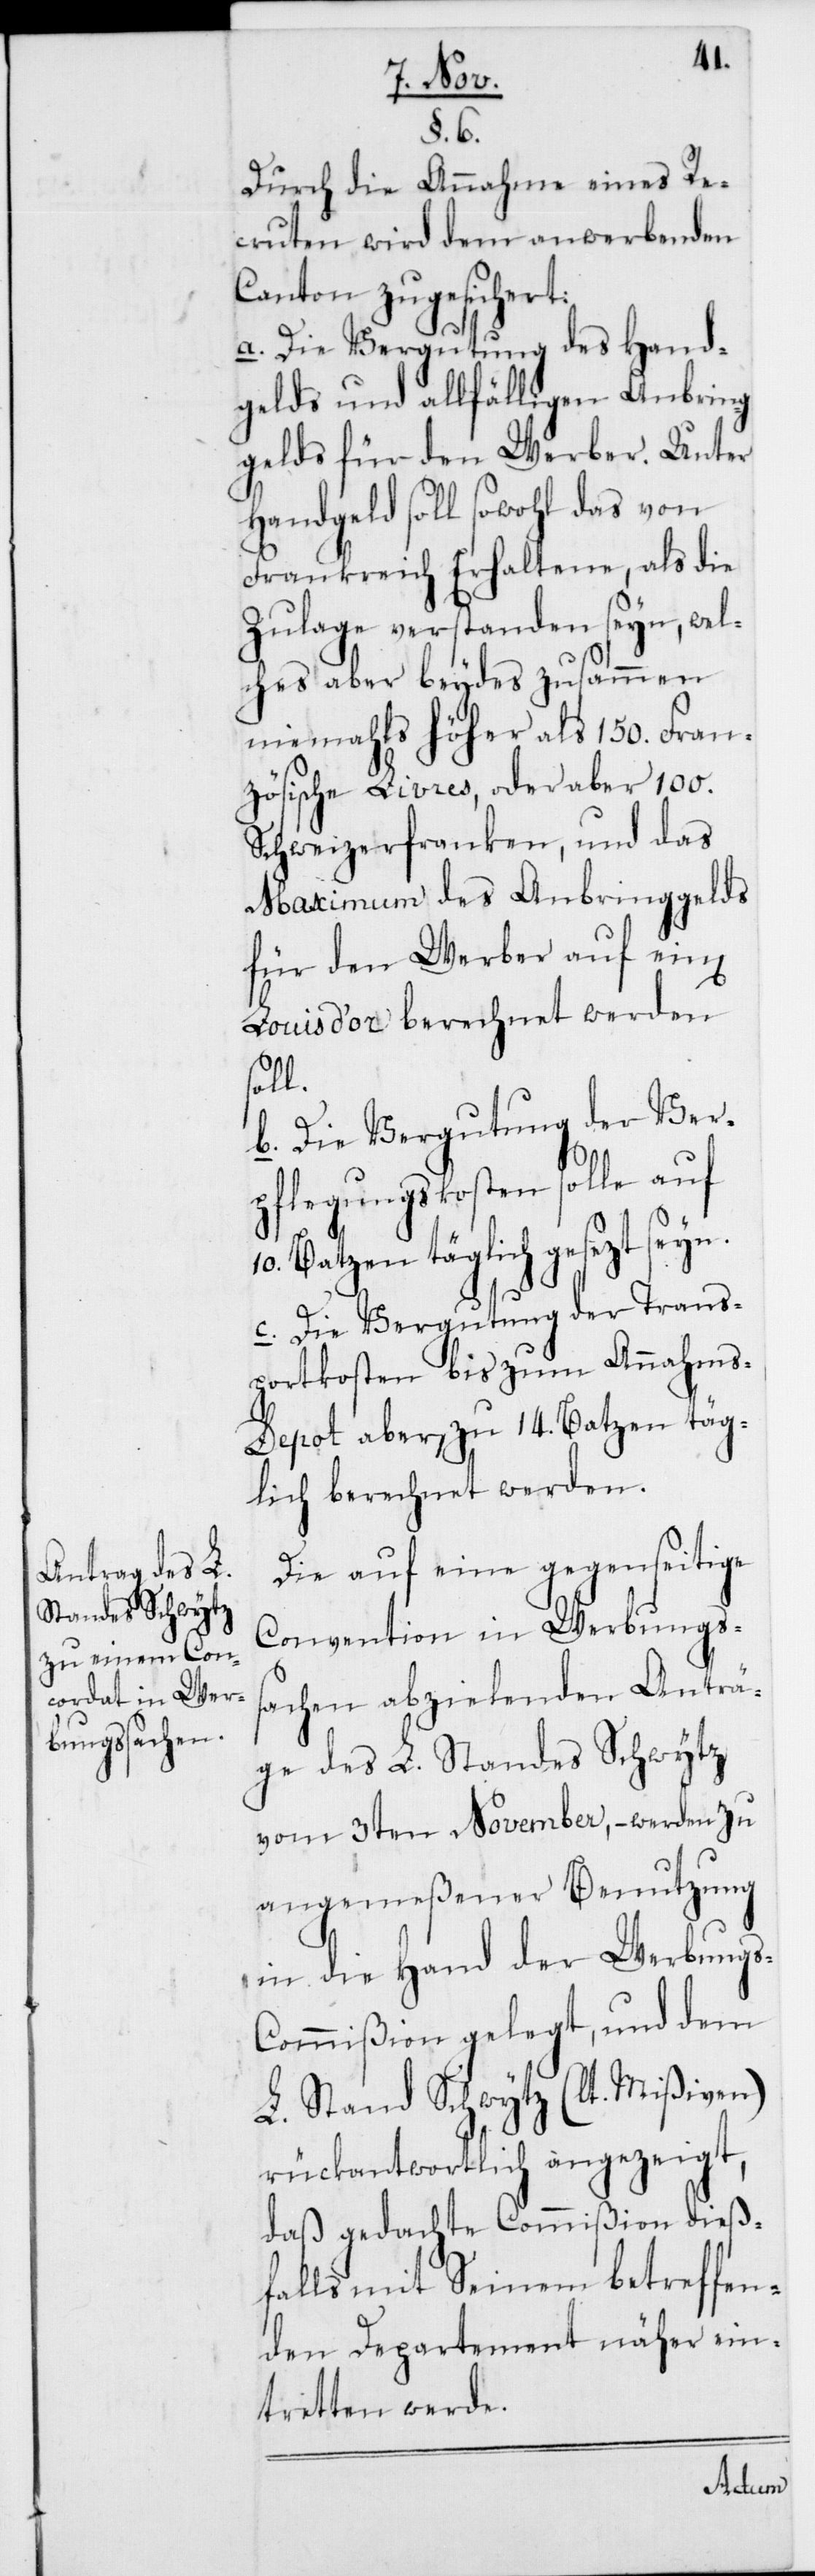
s-C¬
§. 6.
Durch die Annahme eines Re¬
cruten wird dem anwerbenden
Canton zugesicheret:
a. Die Vergutung des Hand¬
gelds und allfälligen Anbring¬
gelds für den Werber. Unter
Handgeld soll sowohl das von
Frankreich Erhaltene, als die
Zulage verstanden seyn, wel¬
ches aber beydes zusammen
niemahls höher als 150. Fran¬
zösische Livres, oder aber 100.
Schweizerfranken, und das
Maximum des Anbringgelds
für den Werber auf einen
Louis d’or berechnet werden
soll.
b. Die Vergutung der Ver¬
pflegungskosten solle auf
10. Batzen täglich gesezt seyn.
c. Die Vergutung der Trans¬
portkosten bis zum Annahm¬
s-Depot aber, zu 14. Batzen täg¬
lich berechnet werden.
Die auf eine gegenseitige
Convention in Werbungss¬
achen abzielenden Anträ¬
ge des L. Standes Schwytz
vom 3ten November, – werden zu
angemeßener Benutzung
in die Hand der Werbung¬
ommißion gelegt, und dem
L. Stand Schwytz (lt. Mißiven)
rückantwortlich angezeigt,
daß gedachte Commißion dieß¬
falls mit Seinem betreffen¬
den Departement näher ein¬
treten werde.